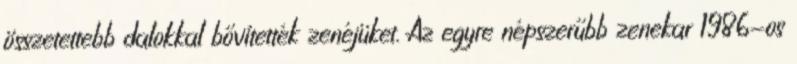
összetettebb dalokkal bővítették zenéjüket. Az egyre népszerűbb zenekar 1986-os